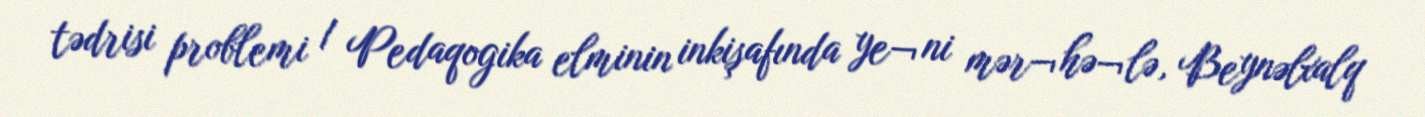
tədrisi problemi / Pedaqogika elminin inkişafında ye¬ni mər¬hə¬lə, Beynəlxalq